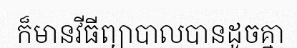
ក៏មានវីធីព្យាបាលបានដូចគ្នា